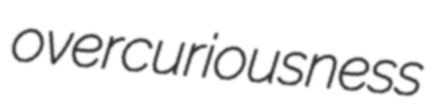
overcuriousness